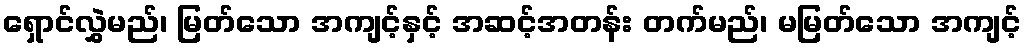
ရှောင်လွှဲမည်၊ မြတ်သော အကျင့်နှင့် အဆင့်အတန်း တက်မည်၊ မမြတ်သော အကျင့်